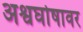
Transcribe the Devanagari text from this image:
अश्वघोषावर